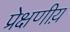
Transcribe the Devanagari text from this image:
प्रेक्षणीय़